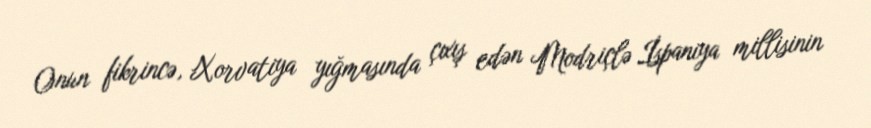
Onun fikrincə, Xorvatiya yığmasında çıxış edən Modriçlə İspaniya millisinin